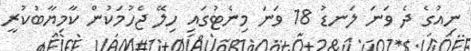
ނިއުގެ ދެ ވަނަ ލަނޑު 18 ވަނަ މިނެޓުގައި ހިލޭ ޖެހުމަކުން ކާމިޔާބުކުރީ